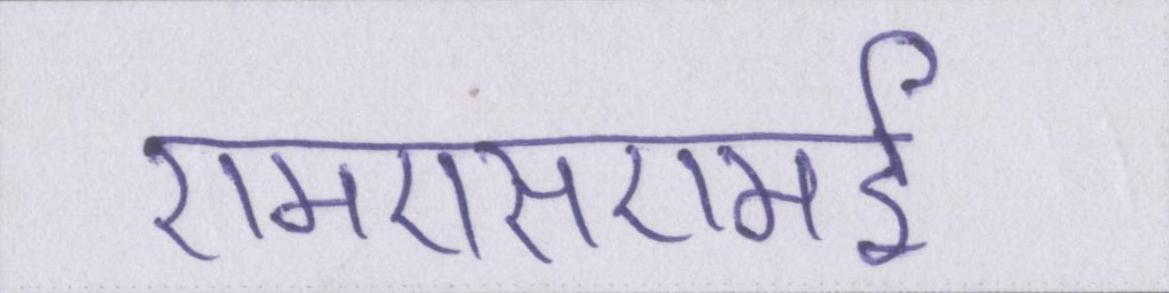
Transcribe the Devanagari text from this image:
एमएसएमई